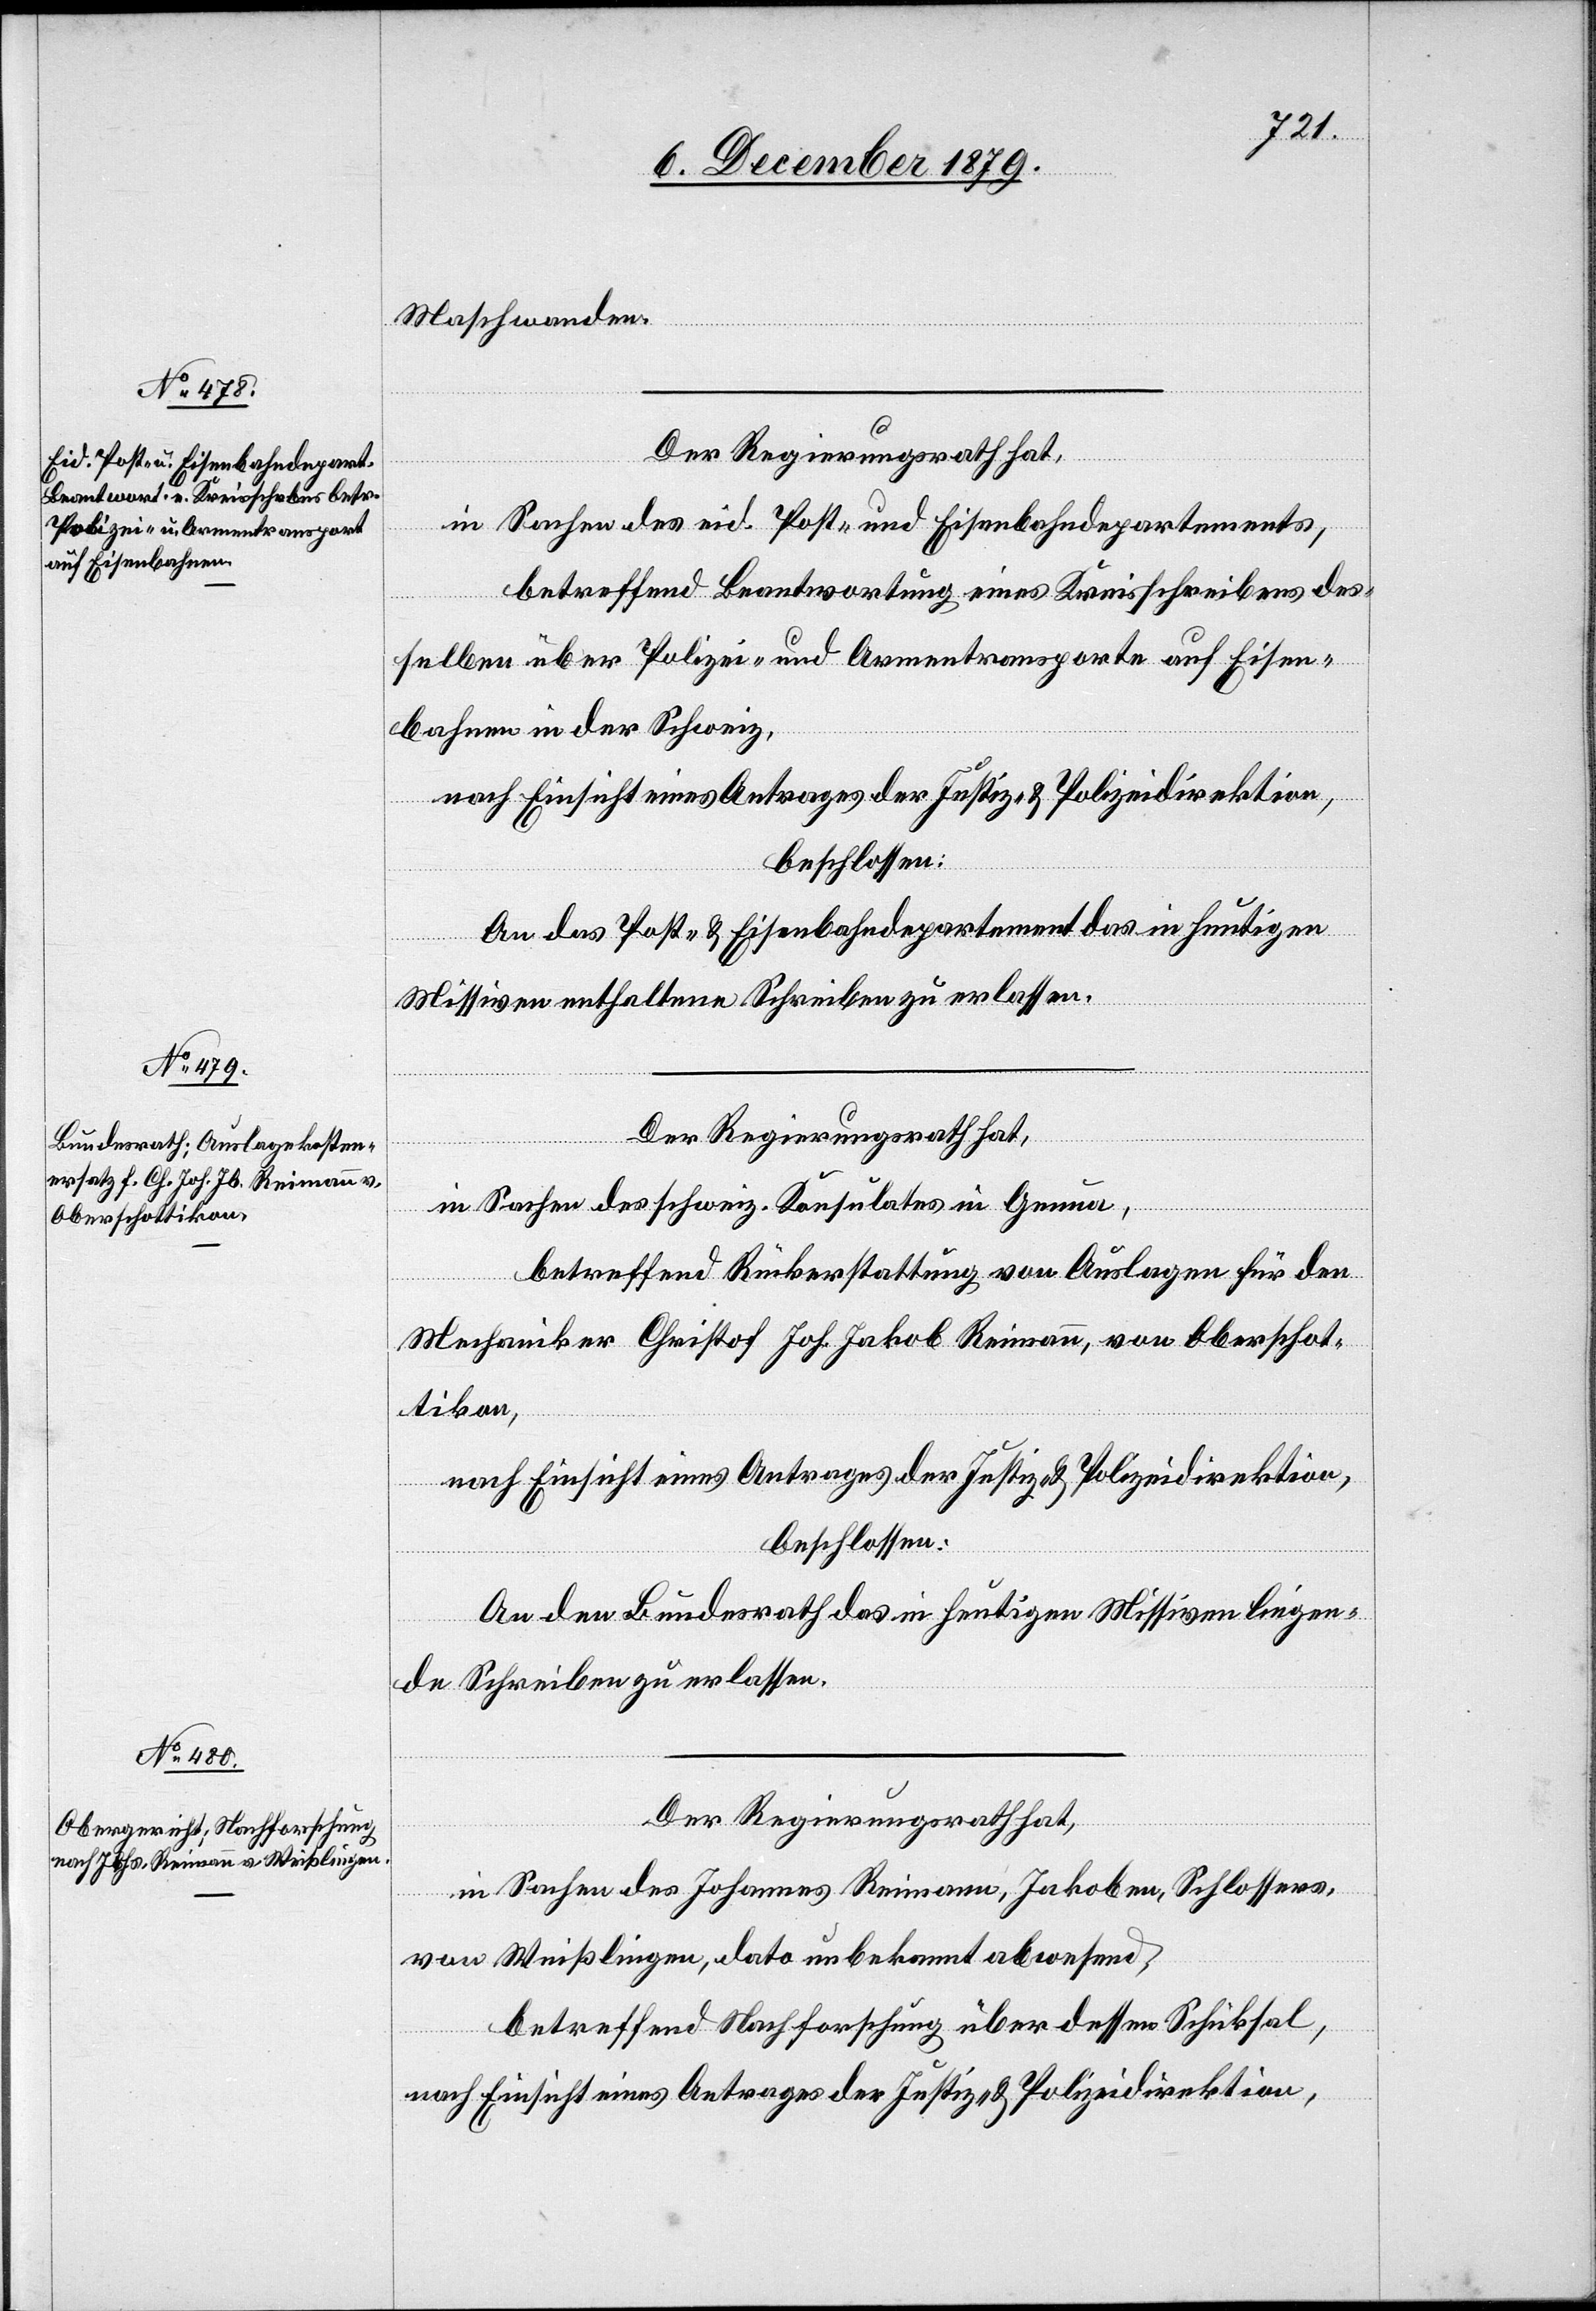
Maschwanden.
Der Regierungsrath hat,
in Sachen des eid. Post- und Eisenbahndepartements,
betreffend Beantwortung eines Kreisschreibens des¬
selben über Polizei- und Armentransporte auf Eisen¬
bahnen in der Schweiz,
nach Einsicht eines Antrages der Justiz- & Polizeidirektion,
beschlossen:
An das Post- & Eisenbahndepartement das in heutigen
Missiven enthaltene Schreiben zu erlassen.
Der Regierungsrath hat,
in Sachen des schweiz. Konsulates in Genua,
betreffend Rückerstattung von Auslagen für den
Mechaniker Christof Joh. Jakob Reimann, Oberschot¬
tikon,
nach Einsicht eines Antrages der Justiz- & Polizeidirektion,
beschlossen:
An den Bundesrath das in heutigen Missiven liegen¬
de Schreiben zu erlassen.
Der Regierungsrath hat,
in Sachen des Johannes Reimann, Jakoben, Schlossers,
von Weißlingen, dato unbekannt abwesend,
betreffend Nachforschung über dessen Schicksal,
nach Einsicht eines Antrages der Justiz- & Polizeidirektion,